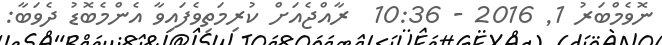
ނޮވެމްބަރު 1